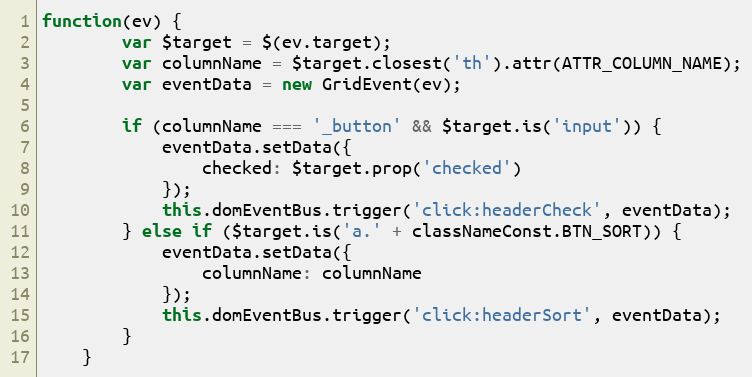
Language: JavaScript
function(ev) {
        var $target = $(ev.target);
        var columnName = $target.closest('th').attr(ATTR_COLUMN_NAME);
        var eventData = new GridEvent(ev);

        if (columnName === '_button' && $target.is('input')) {
            eventData.setData({
                checked: $target.prop('checked')
            });
            this.domEventBus.trigger('click:headerCheck', eventData);
        } else if ($target.is('a.' + classNameConst.BTN_SORT)) {
            eventData.setData({
                columnName: columnName
            });
            this.domEventBus.trigger('click:headerSort', eventData);
        }
    }